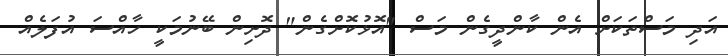
އަދި މަސްތަކަށް އެން ކާންދީގެން މަސް "އޮޅުކޮށްގެން" ދޮށިން ބޭނުމަކީ ހާއްސަ އުފަލެއް